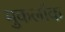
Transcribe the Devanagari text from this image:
मुकलॉक